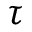
\tau